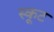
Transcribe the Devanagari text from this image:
स्कूट